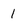
Character: 1